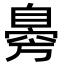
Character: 臱